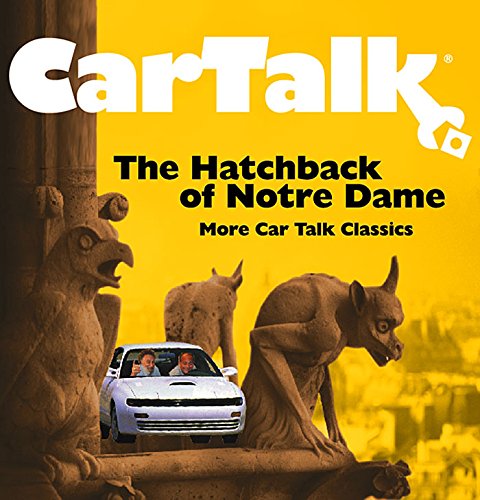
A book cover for Car Talk: Hatchback of Notre Dame: MORE CAR TALK CLASSICS; Tom Magliozzi; Humor & Entertainment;